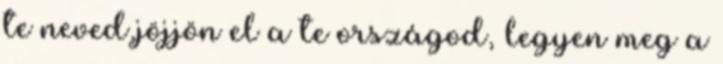
te neved,jöjjön el a te országod, legyen meg a